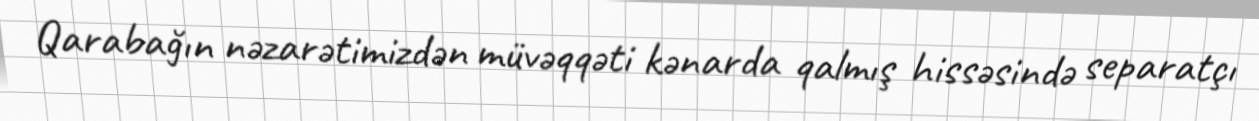
Qarabağın nəzarətimizdən müvəqqəti kənarda qalmış hissəsində separatçı